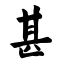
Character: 甚